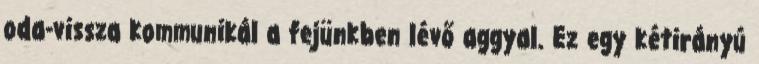
oda-vissza kommunikál a fejünkben lévő aggyal. Ez egy kétirányú